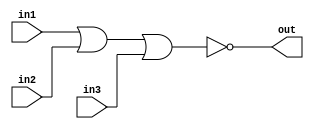
/*
    CS/ECE 552 Spring '20
    Homework #1, Problem 2

    3 input NOR
*/
module nor3 (in1,in2,in3,out);
    input  in1,in2,in3;
    output out;
    assign out = ~(in1 | in2 | in3);
endmodule